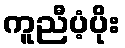
ကူညီပံ့ပိုး